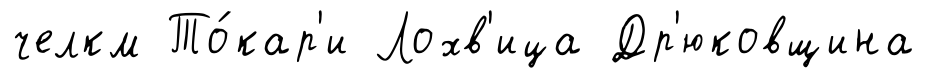
челкм То́кар'и Лохв'ица Др'юковщина